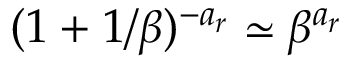
( 1 + 1 / \beta ) ^ { - a _ { r } } \simeq \beta ^ { a _ { r } }